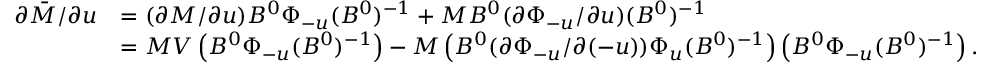
\begin{array} { r l } { \partial \bar { M } / \partial u } & { = ( \partial M / \partial u ) B ^ { 0 } \Phi _ { - u } ( B ^ { 0 } ) ^ { - 1 } + M B ^ { 0 } ( \partial \Phi _ { - u } / \partial u ) ( B ^ { 0 } ) ^ { - 1 } } \\ & { = M V \left( B ^ { 0 } \Phi _ { - u } ( B ^ { 0 } ) ^ { - 1 } \right) - M \left( B ^ { 0 } ( \partial \Phi _ { - u } / \partial ( - u ) ) \Phi _ { u } ( B ^ { 0 } ) ^ { - 1 } \right) \left( B ^ { 0 } \Phi _ { - u } ( B ^ { 0 } ) ^ { - 1 } \right) . } \end{array}